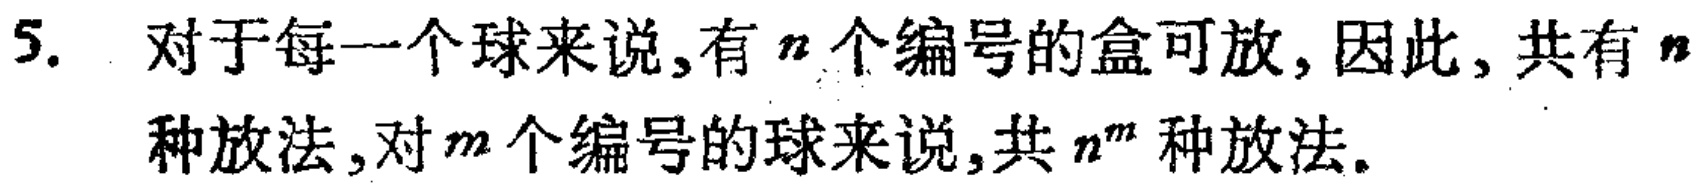
5. 对于每一个球来说,有 \(n\) 个编号的盒可放,因此,共有 \(n\) 种放法,对 \(m\) 个编号的球来说,共 \(n^{m}\) 种放法。